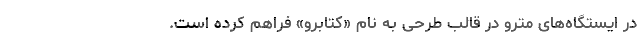
در ایستگاه‌های مترو در قالب طرحی به نام «کتابرو» فراهم کرده است.